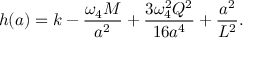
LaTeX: h ( a ) = k - { \frac { \omega _ { 4 } M } { a ^ { 2 } } } + { \frac { 3 \omega _ { 4 } ^ { 2 } Q ^ { 2 } } { 1 6 a ^ { 4 } } } + { \frac { a ^ { 2 } } { L ^ { 2 } } } .